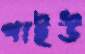
গাইউ